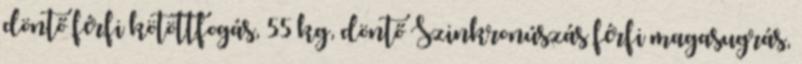
döntő férfi kötöttfogás, 55 kg, döntő Szinkronúszás férfi magasugrás,